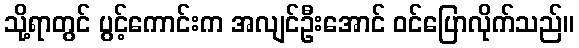
သို့ရာတွင် ပွင့်ကောင်းက အလျင်ဦးအောင် ဝင်ပြောလိုက်သည်။